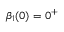
\beta _ { 1 } ( 0 ) = 0 ^ { + }